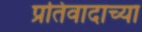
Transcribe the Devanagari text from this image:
प्रतिवादाच्या